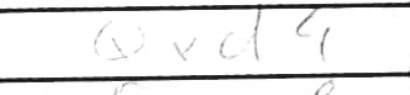
Transcription: Qxd4